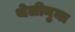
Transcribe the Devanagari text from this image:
थेलीनुमा